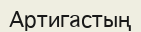
Артигастың